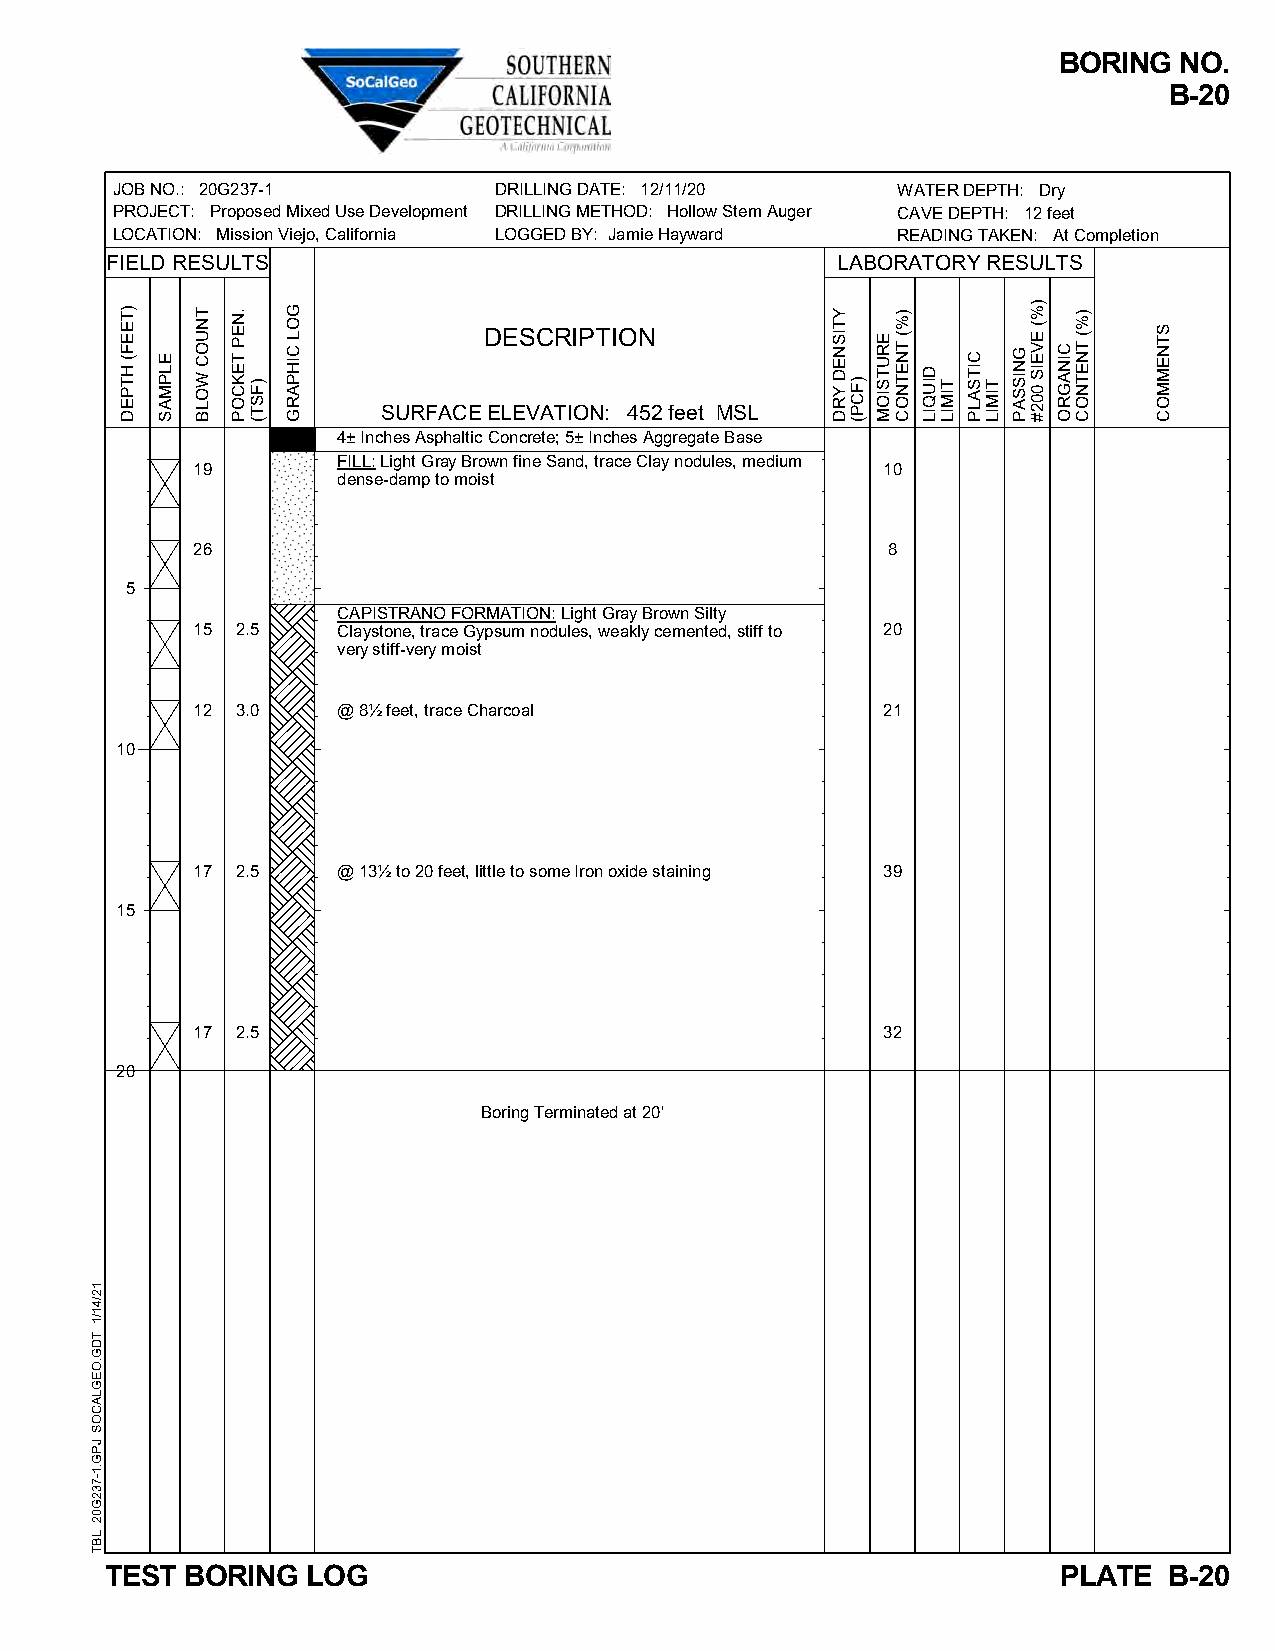
BORING  NO.
 B-20
 JOB NO.: 20G237-1         DRILLING DATE: 12/11/20   WATER DEPTH: Dry
 PROJECT: Proposed Mixed Use Development DRILLING METHOD: Hollow Stem Auger CAVE DEPTH: 12 feet
 LOCATION: Mission Viejo, California LOGGED BY: Jamie Hayward READING TAKEN: At Completion
 FIELD RESULTS                                   LABORATORY RESULTS
 DESCRIPTION
 SURFACE ELEVATION: 452 feet MSL
 4± Inches Asphaltic Concrete; 5± Inches Aggregate Base
 FILL: Light Gray Brown fine Sand, trace Clay nodules, medium
 19                                           10
 dense-damp to moist
 26                                            8
 5
 CAPISTRANO FORMATION: Light Gray Brown Silty
 15 2.5   Claystone, trace Gypsum nodules, weakly cemented, stiff to 20
 very stiff-very moist
 12 3.0   @ 8½ feet, trace Charcoal           21
 10
 17 2.5   @ 13½ to 20 feet, little to some Iron oxide staining 39
 15
 17 2.5                                       32
 20
 Boring Terminated at 20'
 TEST BORING  LOG                                               PLATE  B-20
 12/41/1
 TDG.OEGLACOS
 JPG.1-732G02
 LBT
 )TEEF(
 HTPED
 ELPMAS
 TNUOC
 WOLB
 .NEP
 TEKCOP
 )FST(
 GOL
 CIHPARG
 YTISNED
 YRD )FCP(
 ERUTSIOM
 )%(
 TNETNOC
 DIUQIL
 TIMIL
 CITSALP
 TIMIL
 GNISSAP
 )%(
 EVEIS
 002#
 CINAGRO
 )%(
 TNETNOC
 STNEMMOC